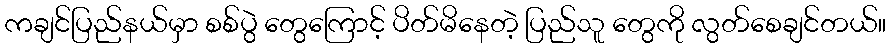
ကချင်ပြည်နယ်မှာ စစ်ပွဲ တွေကြောင့် ပိတ်မိနေတဲ့ ပြည်သူ တွေကို လွတ်စေချင်တယ်။